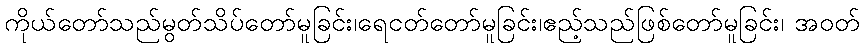
ကိုယ်တော်သည်မွတ်သိပ်တော်မူခြင်း၊ရေငတ်တော်မူခြင်း၊ဧည့်သည်ဖြစ်တော်မူခြင်း၊ အဝတ်